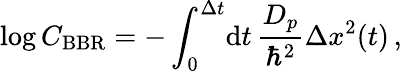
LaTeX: \log C_{\mathrm{BBR}}=-\int_{0}^{\Delta t}\! \mathrm{d}t\, \frac{D_{p}}{\hbar^{2}}\Delta x^{2}(t)\, ,